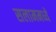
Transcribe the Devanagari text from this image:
सलाममध्ये